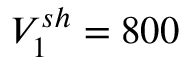
V _ { 1 } ^ { s h } = 8 0 0